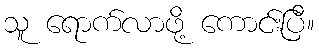
သူ ရောက်လာဖို့ ကောင်းပြီ။